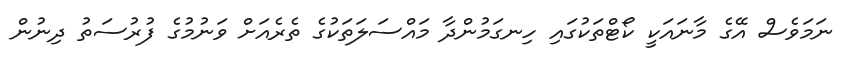
ނަމަވެސް އޭގެ މާނައަކީ ކޯޓްތަކުގައި ހިނގަމުންދާ މައްސަލަތަކުގެ ތެރެއަށް ވަނުމުގެ ފުރުސަތު ދިނުން